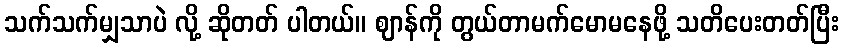
သက်သက်မျှသာပဲ လို့ ဆိုတတ် ပါတယ်။ ဈာန်ကို တွယ်တာမက်မောမနေဖို့ သတိပေးတတ်ပြီး